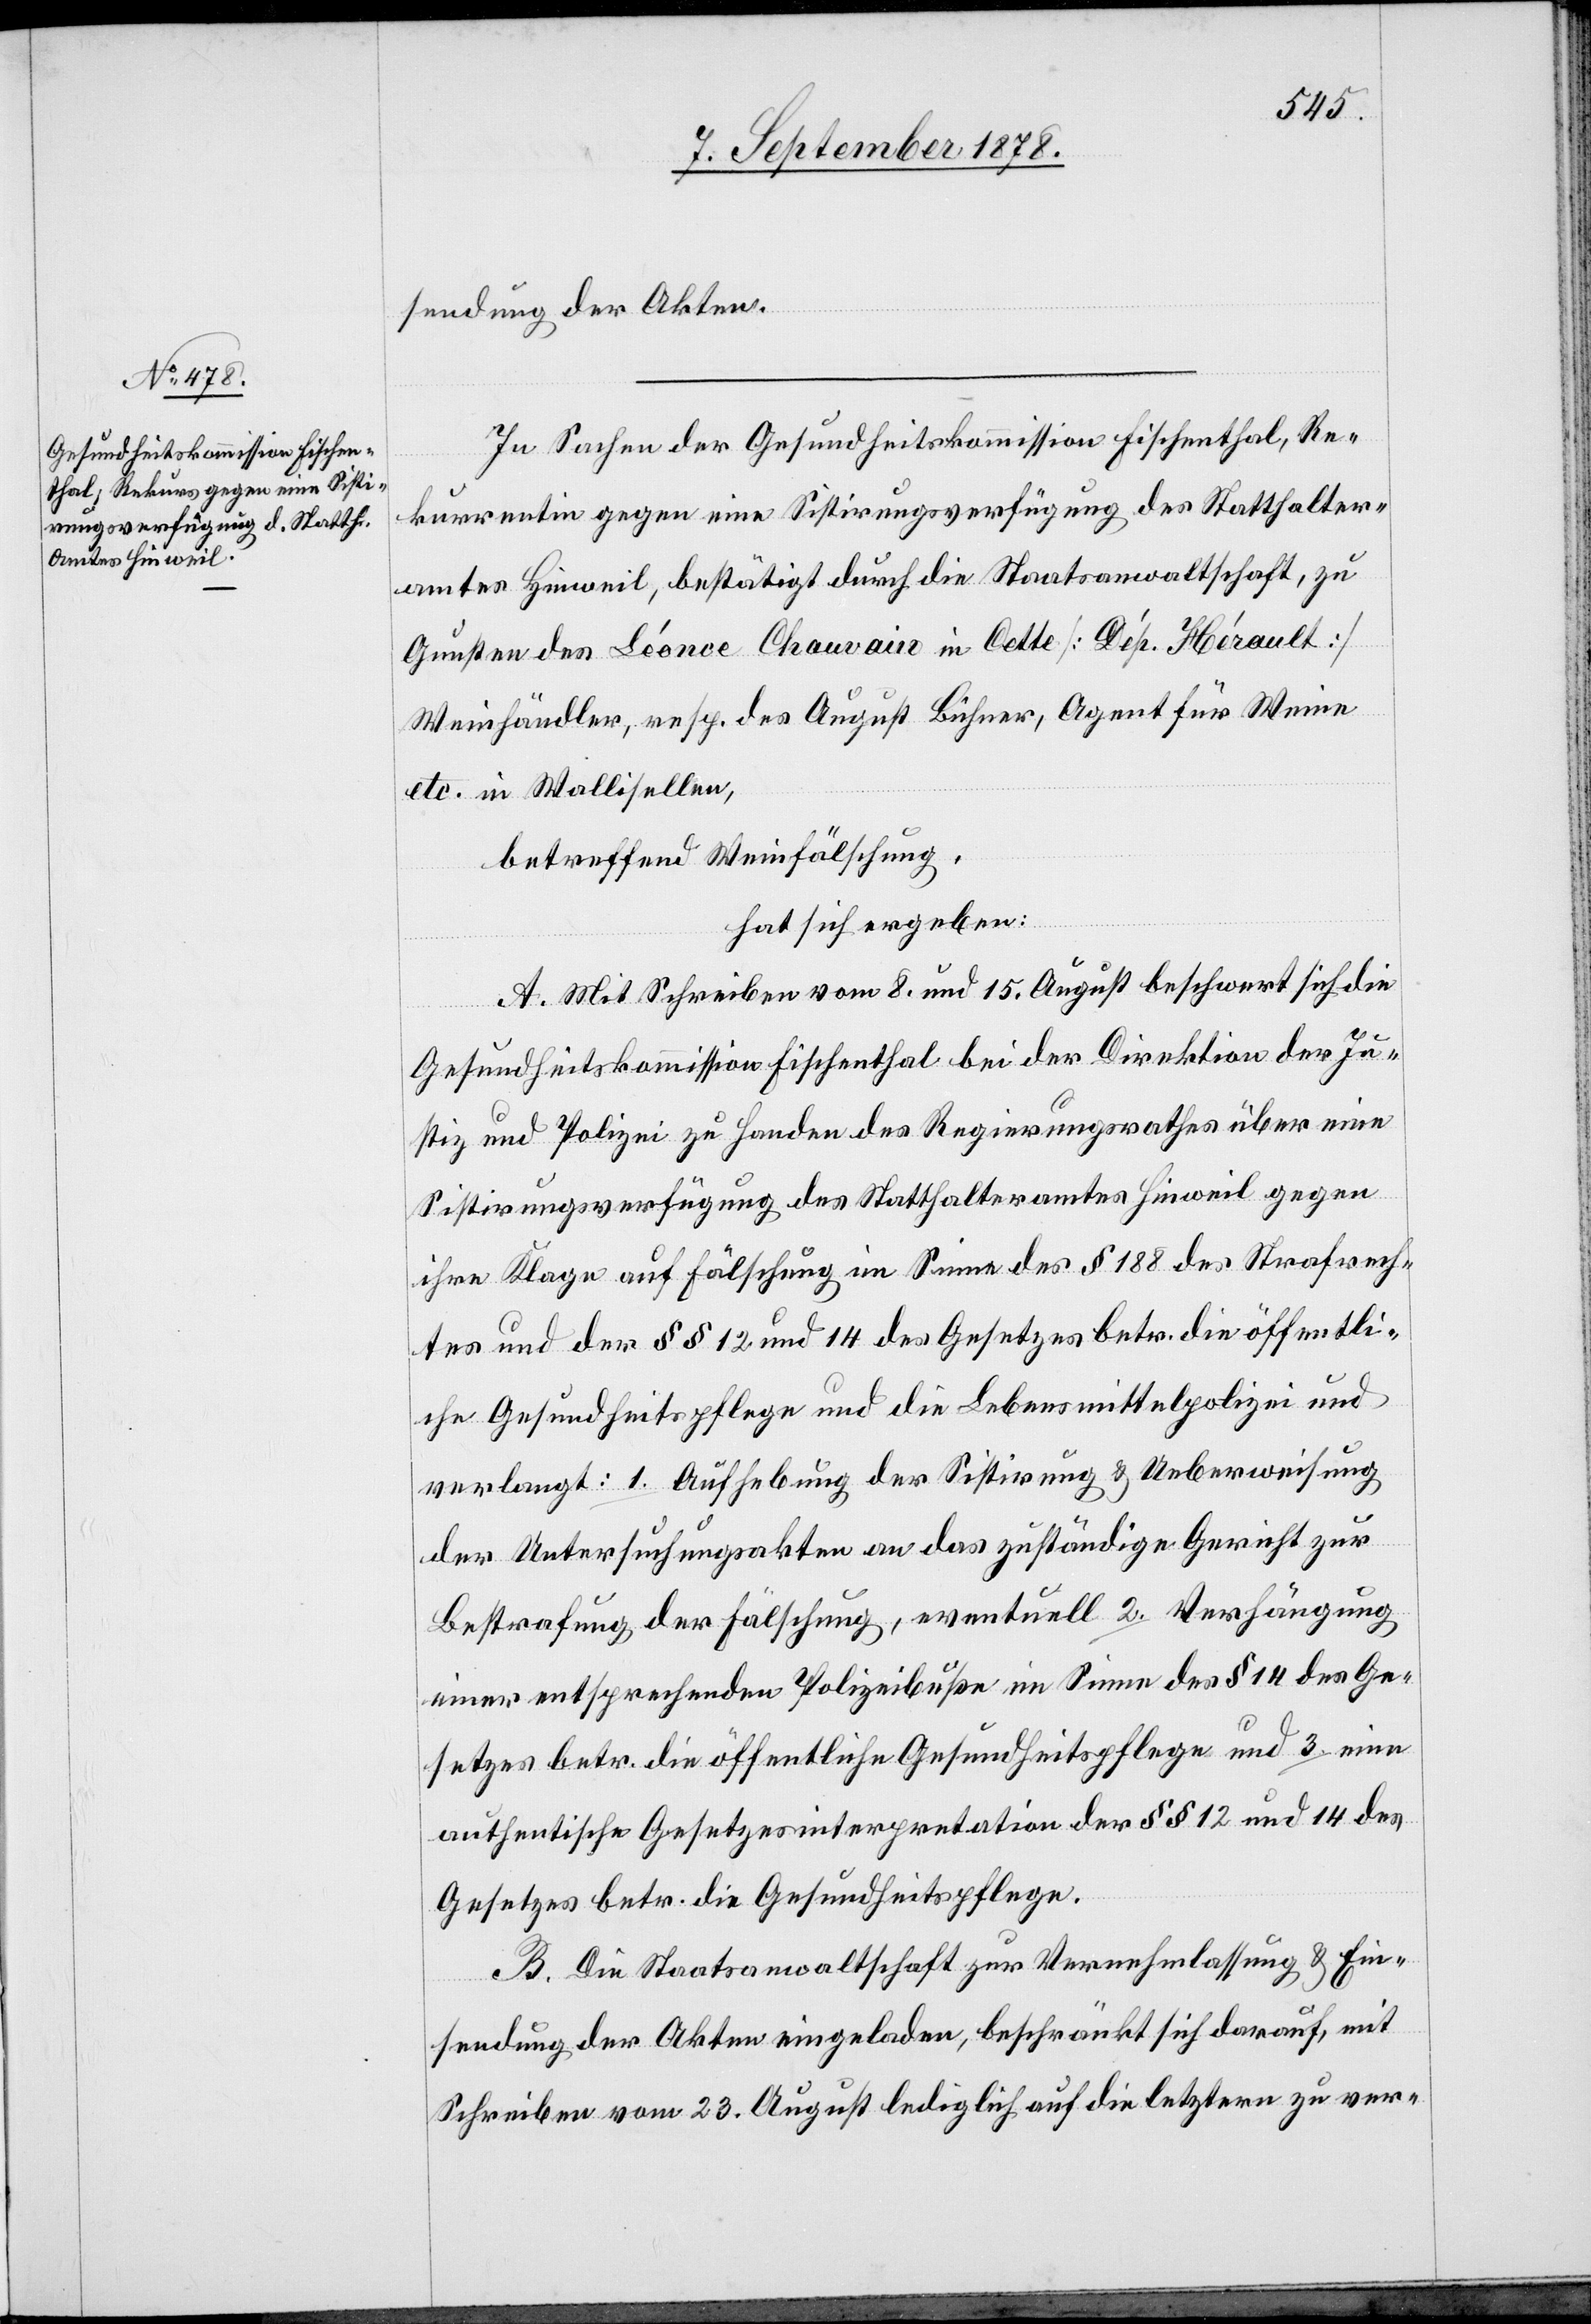
sendung der Akten.